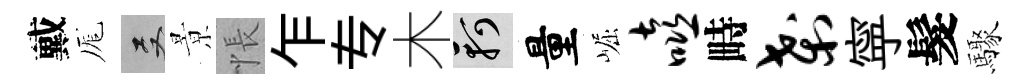
戴厖双㬌悵乍专木軻量崛嘻畤刹寜髮驟